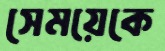
সেময়েকে